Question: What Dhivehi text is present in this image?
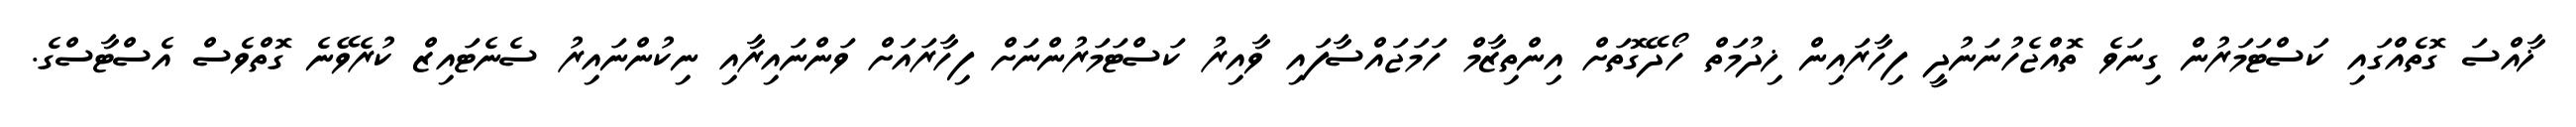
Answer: ޚާއްސަ ގޮތެއްގައި ކަސްޓަމަރުން ގިނަވެ ތޮއްޖެހުނަނުދީ ފިހާރައިން ޚިދުމަތް ހޯދޭގޮތަށް އިންތިޒާމް ހަމަޖައްސާފައި ވާއިރު ކަސްޓަމަރުންނަށް ފިހާރައަށް ވަންނައިރާއި ނިކުންނައިރު ސެނެޓައިޒް ކުރެވޭނެ ގޮތްވެސް އެސްޓާސްގެ.